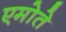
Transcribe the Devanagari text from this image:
एमोते